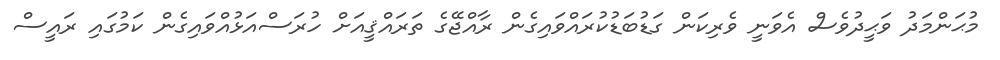
މުޙަންމަދު ވަޙީދުވެސް އެވަނީ ވެރިކަން ގަޑުބަޑުކުރައްވައިގެން ރާއްޖޭގެ ތަރައްޤީއަށް ހުރަސްއަޅުއްވައިގެން ކަމުގައި ރައީސް